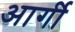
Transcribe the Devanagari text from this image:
आर्गी